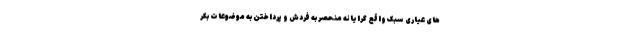
های عیاری سبک واقع گرایانه منحصر به فردش و پرداختن به موضوعات بکر